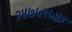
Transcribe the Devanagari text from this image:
२४७५९५४३